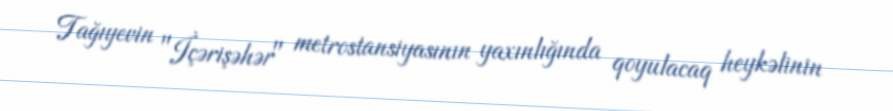
Tağıyevin "İçərişəhər" metrostansiyasının yaxınlığında qoyulacaq heykəlinin